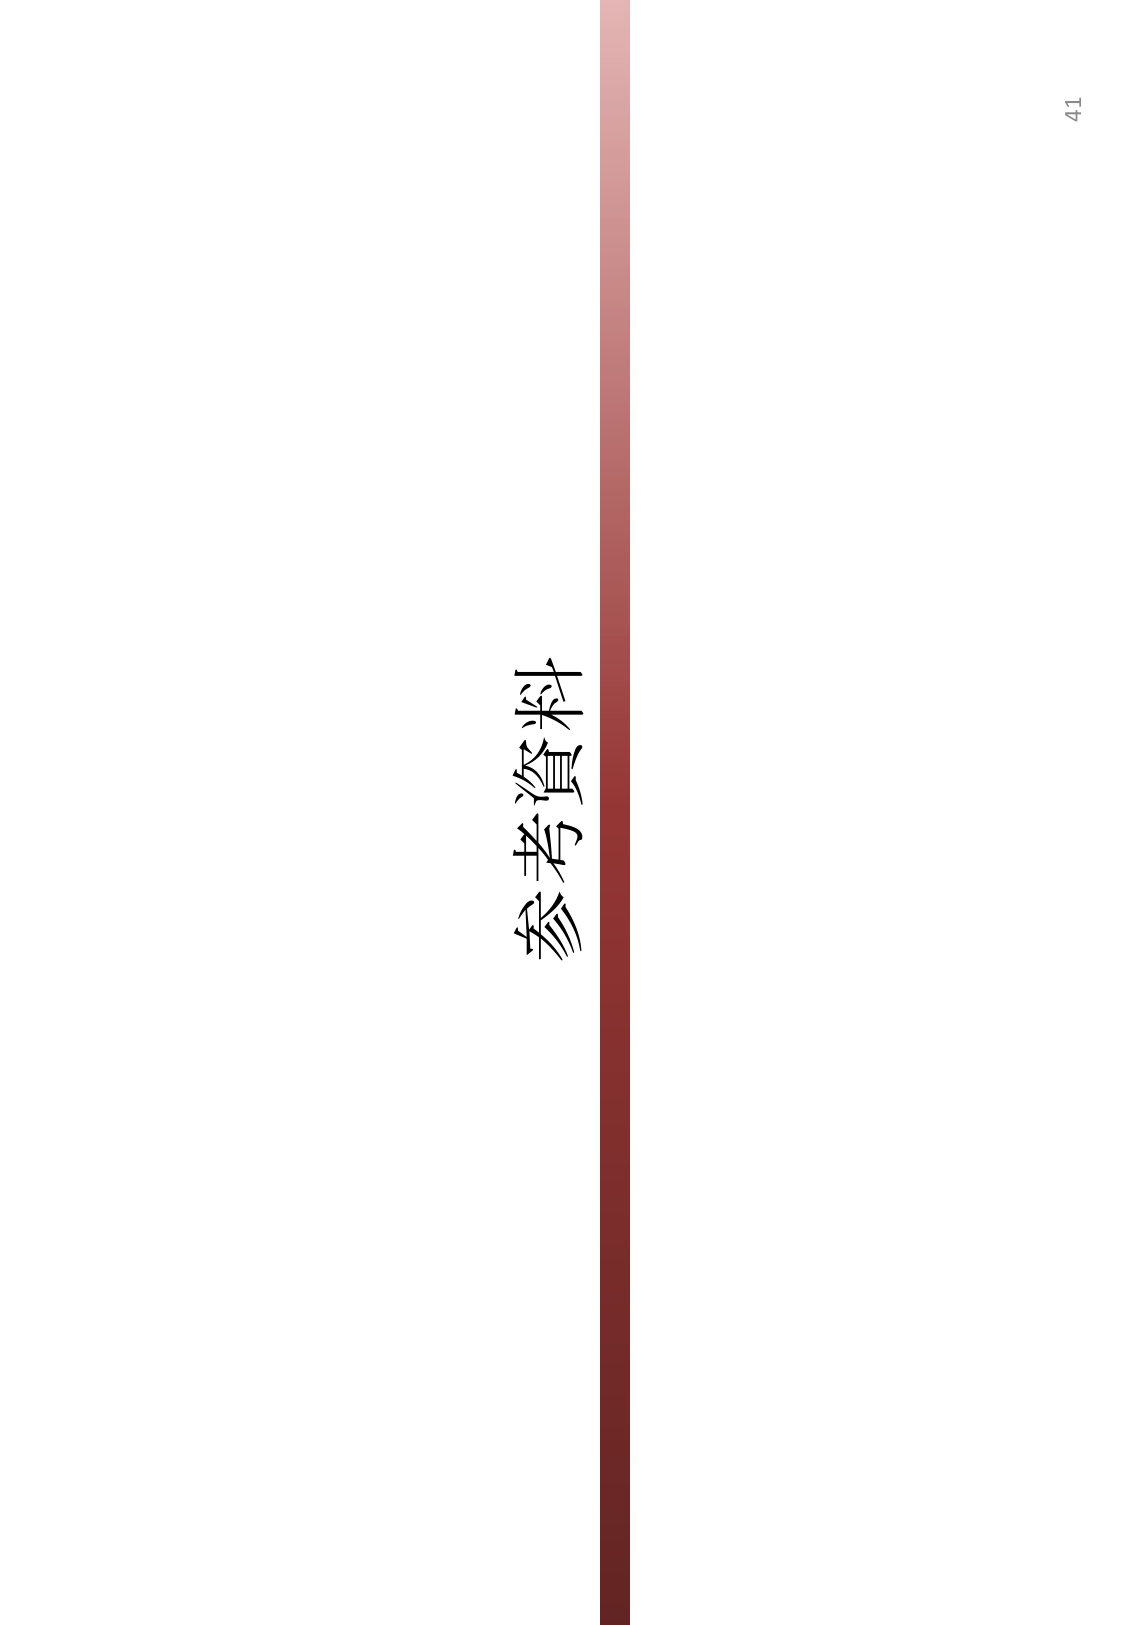
参考资料
41